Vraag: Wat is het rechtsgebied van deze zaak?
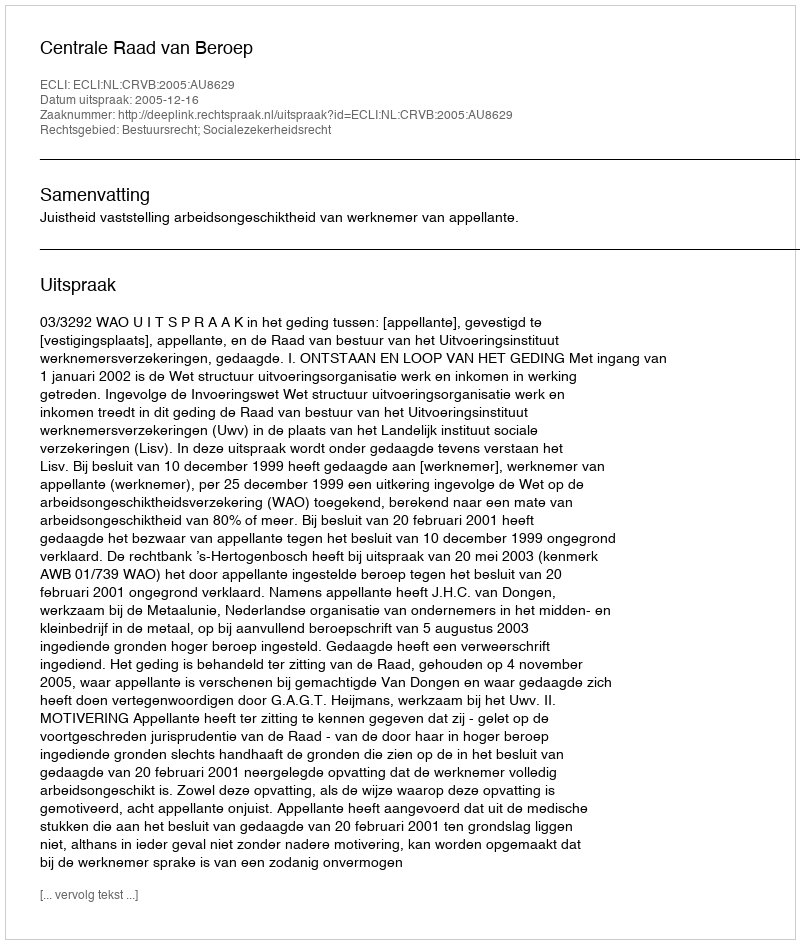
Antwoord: Bestuursrecht; Socialezekerheidsrecht